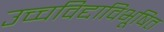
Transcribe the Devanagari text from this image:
उच्चविद्दाविभूषित